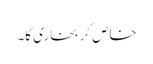
خاص کر بخاری کا۔